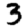
Digit: 3